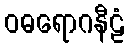
ဝဓရောဂနီဠံ